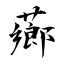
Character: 薌